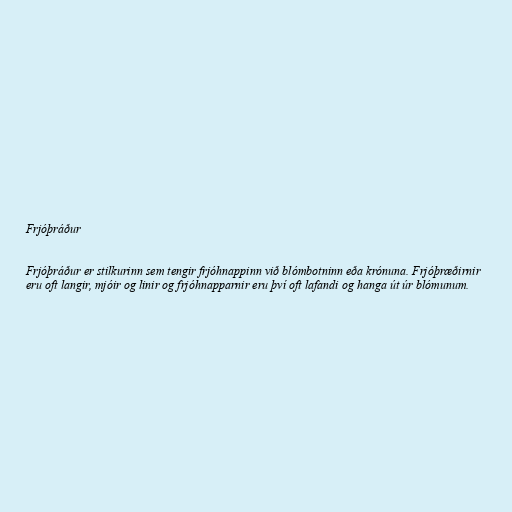
Frjóþráður

Frjóþráður er stilkurinn sem tengir frjóhnappinn við blómbotninn eða krónuna. Frjóþræðirnir
eru oft langir, mjóir og linir og frjóhnapparnir eru því oft lafandi og hanga út úr blómunum.